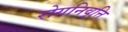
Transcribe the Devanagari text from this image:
रोगनिवृत्ति